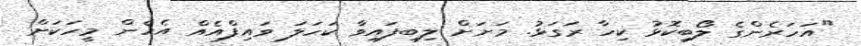
"އަހަރެންގެ ލޯބިކޮޅު ކިހާ ރަގަޅު. މަށަށް ލިބިފައިވާ ކަހަލަ ވައިފްއެއް އެހެން މީހަކަށް